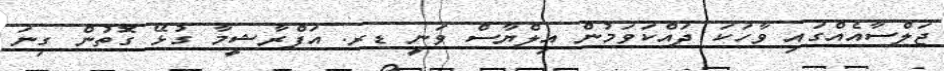
ޖަލްސާއެއްގައި ވާހަކަ ދައްކަވަމުން އިލްޔާސް ވަނީ ޑރ. އަފްރާޝީމާ ގުޅޭ ގޮތުން ގިނަ